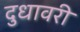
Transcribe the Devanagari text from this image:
दुधावरी